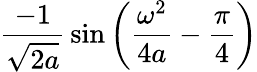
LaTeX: {\frac{-1}{\sqrt{2a}}}\sin\left({\frac{\omega^{2}}{4a}}-{\frac{\pi}{4}}\right)